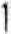
1